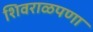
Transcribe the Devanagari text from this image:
शिवराळपणा